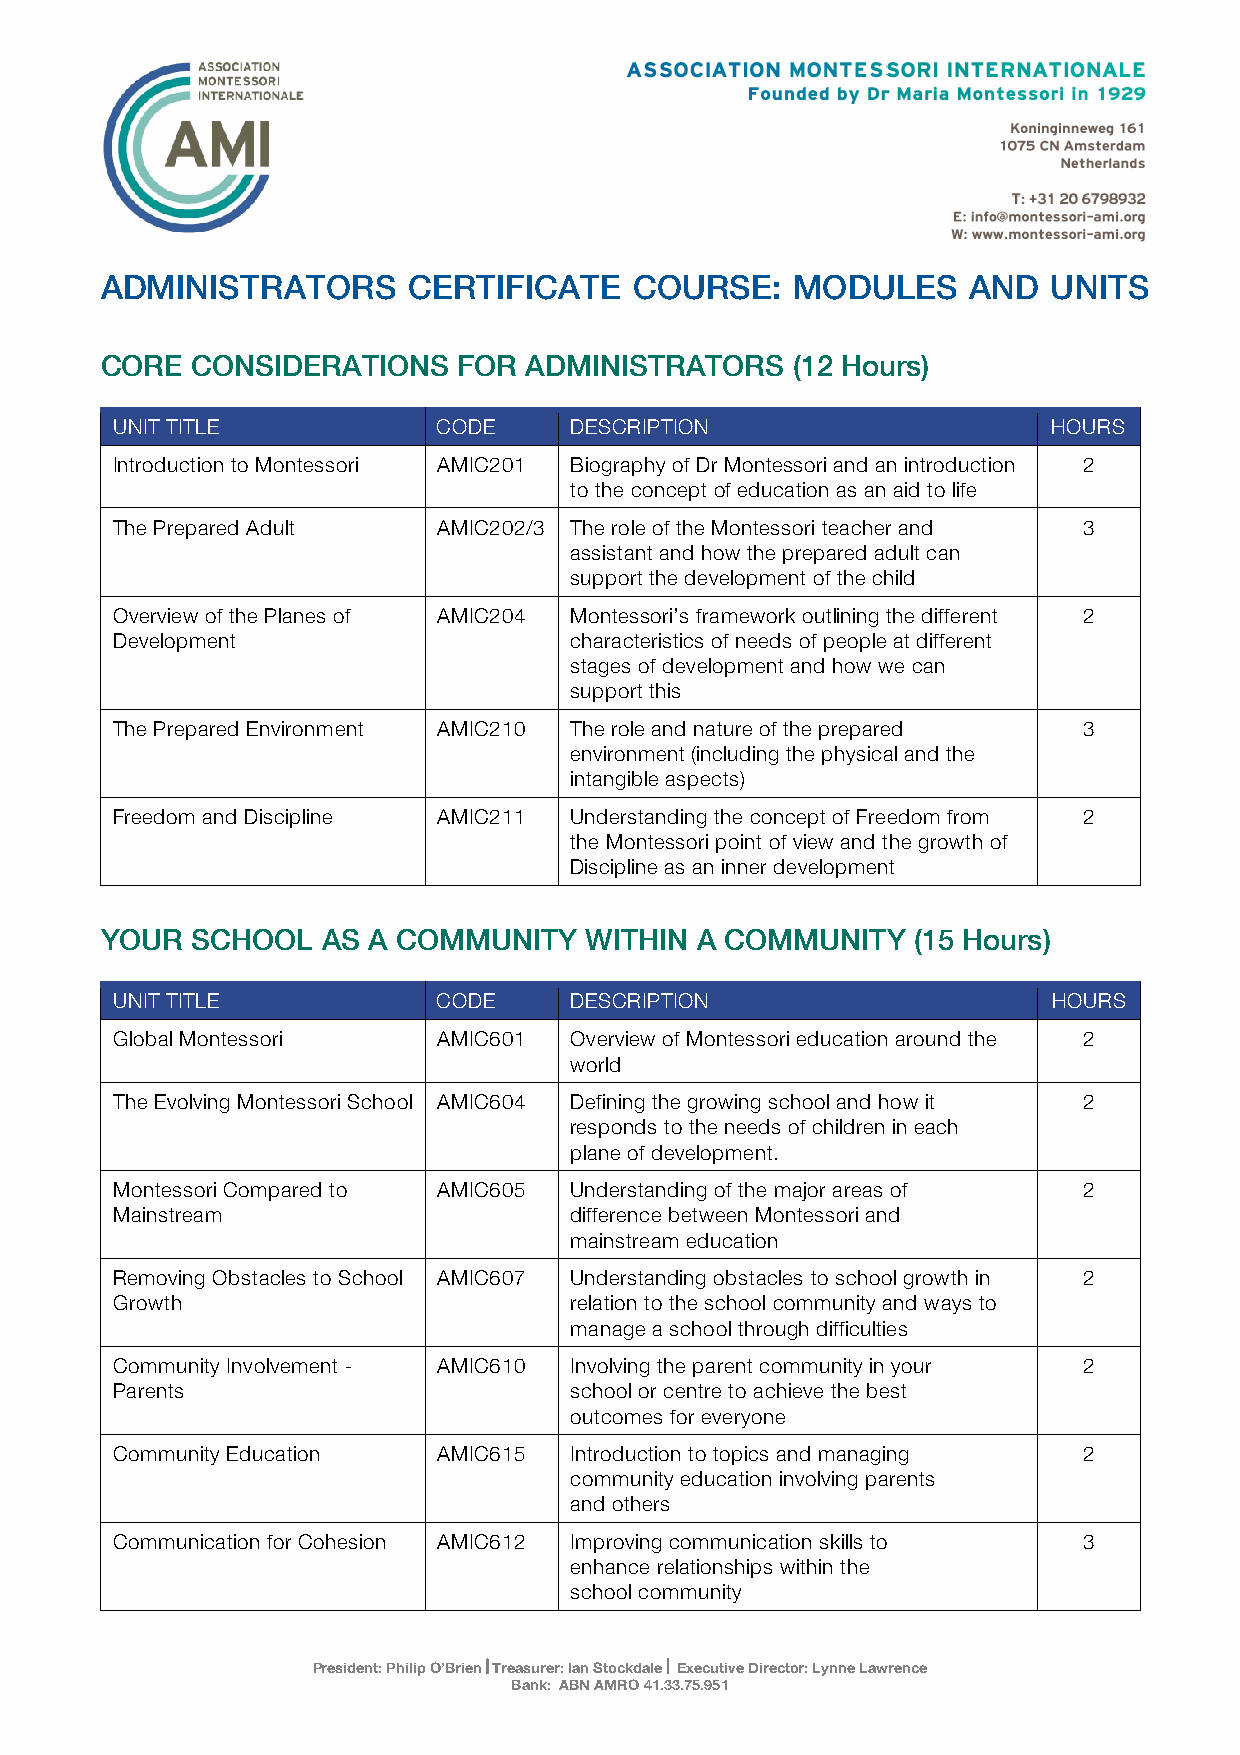
ADMINISTRATORS      CERTIFICATE    COURSE:   MODULES     AND   UNITS
 CORE  CONSIDERATIONS   FOR  ADMINISTRATORS   (12 Hours)
 UNIT TITLE            CODE     DESCRIPTION                     HOURS
 Introduction to Montessori AMIC201 Biography of Dr Montessori and an introduction 2
 to the concept of education as an aid to life
 The Prepared Adult    AMIC202/3 The role of the Montessori teacher and 3
 assistant and how the prepared adult can
 support the development of the child
 Overview of the Planes of AMIC204 Montessori’s framework outlining the different 2
 Development                    characteristics of needs of people at different
 stages of development and how we can
 support this
 The Prepared Environment AMIC210 The role and nature of the prepared 3
 environment (including the physical and the
 intangible aspects)
 Freedom and Discipline AMIC211 Understanding the concept of Freedom from 2
 the Montessori point of view and the growth of
 Discipline as an inner development
 YOUR  SCHOOL  AS A COMMUNITY    WITHIN A COMMUNITY   (15 Hours)
 UNIT TITLE            CODE     DESCRIPTION                     HOURS
 Global Montessori     AMIC601  Overview of Montessori education around the 2
 world
 The Evolving Montessori School AMIC604 Defining the growing school and how it 2
 responds to the needs of children in each
 plane of development.
 Montessori Compared to AMIC605 Understanding of the major areas of 2
 Mainstream                     difference between Montessori and
 mainstream education
 Removing Obstacles to School AMIC607 Understanding obstacles to school growth in 2
 Growth                         relation to the school community and ways to
 manage a school through difficulties
 Community Involvement - AMIC610 Involving the parent community in your 2
 Parents                        school or centre to achieve the best
 outcomes for everyone
 Community Education   AMIC615  Introduction to topics and managing 2
 community education involving parents
 and others
 Communication for Cohesion AMIC612 Improving communication skills to 3
 enhance relationships within the
 school community
 President: Philip O’BrienôTreasurer: Ian Stockdaleô Executive Director: Lynne Lawrence
 Bank: ABN AMRO 41.33.75.951